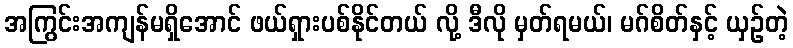
အကြွင်းအကျန်မရှိအောင် ဖယ်ရှားပစ်နိုင်တယ် လို့ ဒီလို မှတ်ရမယ်၊ မဂ်စိတ်နှင့် ယှဉ်တဲ့